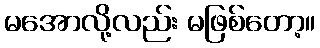
မအောလို့လည်း မဖြစ်တော့။